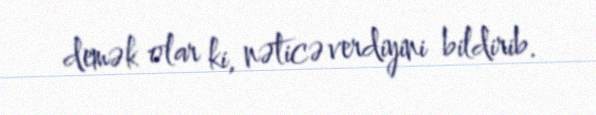
demək olar ki, nəticə verdiyini bildirib.